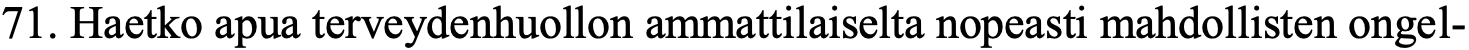
71. Haetko apua terveydenhuollon ammattilaiselta nopeasti mahdollisten ongel-